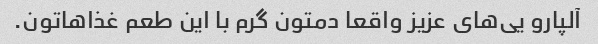
آلپارو یی‌های عزیز واقعا دمتون گرم با این طعم غذاهاتون.